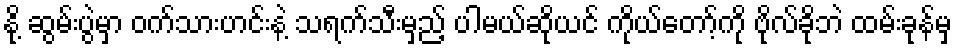
နို့ ဆွမ်းပွဲမှာ ဝက်သားဟင်းနဲ့ သရက်သီးမှည့် ပါမယ်ဆိုယင် ကိုယ်တော့်ကို ဗိုလ်ခိုဘဲ ထမ်းခုန်မှ